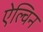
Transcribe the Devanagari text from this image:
ऐल्विन